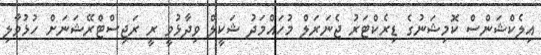
އިލެކްޝަންސް ކޮމިޝަނުގެ ޑިރެކްޓަރު ޖެނަރަލް މުހައްމަދު ޝަކީލް ވިދާޅުވީ ރީ ރަޖިސްޓްރޭޝަނަށް ހުޅުވާލި